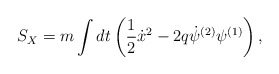
\begin{align*}S_X = m \int dt \left( \frac{1}{2} {\dot{x}^2} - 2 q \dot{\psi}^{(2)}\psi^{(1)} \right),\end{align*}